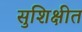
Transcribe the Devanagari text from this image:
सुशिक्षीत